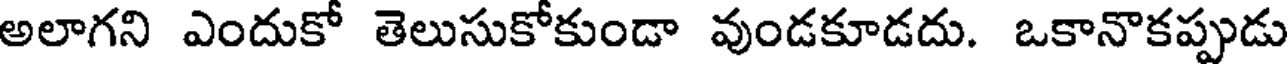
అలాగని ఎందుకో తెలుసుకోకుండా వుండకూడదు. ఒకానొకప్పుడు